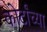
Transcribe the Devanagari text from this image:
कोर्टांच्या